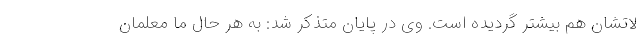
لاتشان هم بیشتر گردیده است. وی در پایان متذکر شد: به هر حال ما معلمان